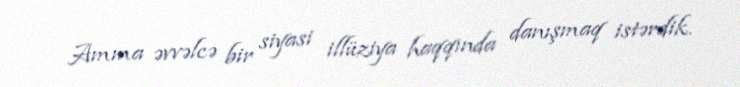
Amma əvvəlcə bir siyasi illüziya haqqında danışmaq istərdik.